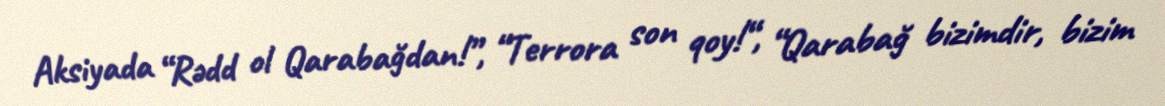
Aksiyada “Rədd ol Qarabağdan!”, “Terrora son qoy!“, “Qarabağ bizimdir, bizim